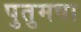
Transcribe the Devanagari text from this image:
पुतुमषा